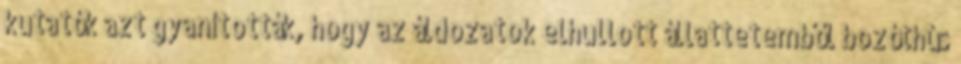
kutatók azt gyanították, hogy az áldozatok elhullott állattetemből bozóthús